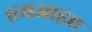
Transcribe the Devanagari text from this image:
एमआइए